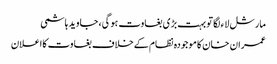
مارشل لاء لگا تو بہت بڑی بغاوت ہوگی، جاوید ہاشمی
عمران خان کاموجودہ نظام کےخلاف بغاوت کااعلان